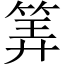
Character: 筭